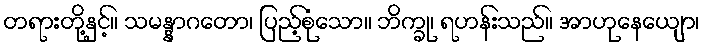
တရားတို့နှင့်။ သမန္နာဂတော၊ ပြည့်စုံသော။ ဘိက္ခု၊ ရဟန်းသည်။ အာဟုနေယျော၊